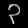
Digit: ၃